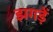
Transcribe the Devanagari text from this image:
झगड़ें